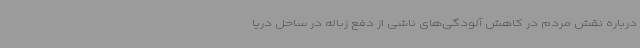
درباره نقش مردم در کاهش آلودگی‌های ناشی از دفع زباله در ساحل دریا